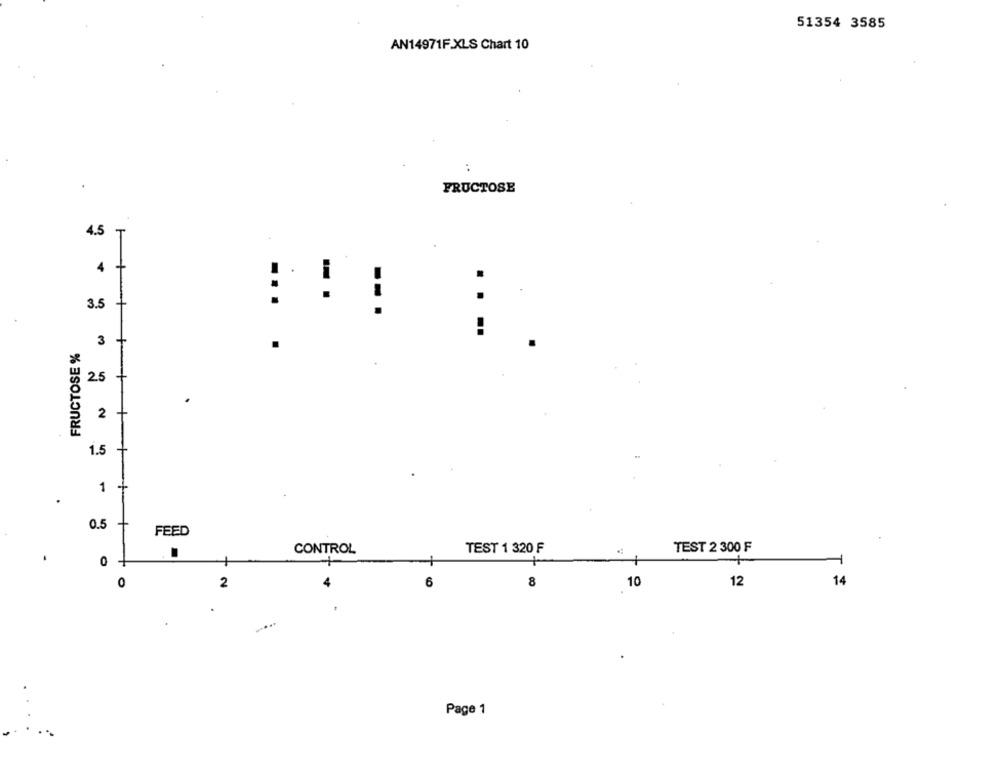
51354 3585
AN14971F.XLS Chart 10
FRUCTOSE
4.5
.
:
-.
3.5
--.
+
FRUCTOSE %
3
.
2.5
2
1.5
1
.
0.5
FEED
CONTROL
TEST 1 320 F
TEST 2 300 F
.
0
0
8
10
12
14
2
6
Page 1